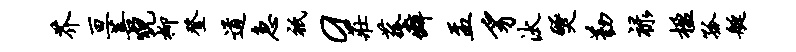
芥亘菩猊柳登道急只a庄菰癖盂豸汰燹勤禄楹孤艇